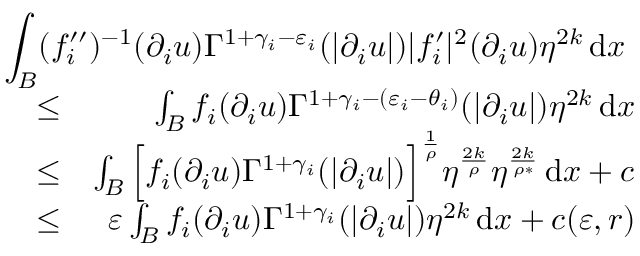
\begin{array} { r l r } { \lefteqn { \int _ { B } ( f _ { i } ^ { \prime \prime } ) ^ { - 1 } ( \partial _ { i } u ) \Gamma ^ { 1 + \gamma _ { i } - \varepsilon _ { i } } ( | \partial _ { i } u | ) | f _ { i } ^ { \prime } | ^ { 2 } ( \partial _ { i } u ) \eta ^ { 2 k } \, \mathrm { d } x } } \\ & { \leq } & { \int _ { B } f _ { i } ( \partial _ { i } u ) \Gamma ^ { 1 + \gamma _ { i } - ( \varepsilon _ { i } - \theta _ { i } ) } ( | \partial _ { i } u | ) \eta ^ { 2 k } \, \mathrm { d } x } \\ & { \leq } & { \int _ { B } \Big [ f _ { i } ( \partial _ { i } u ) \Gamma ^ { 1 + \gamma _ { i } } ( | \partial _ { i } u | ) \Big ] ^ { \frac { 1 } { \rho } } \eta ^ { \frac { 2 k } { \rho } } \eta ^ { \frac { 2 k } { \rho * } } \, \mathrm { d } x + c } \\ & { \leq } & { \varepsilon \int _ { B } f _ { i } ( \partial _ { i } u ) \Gamma ^ { 1 + \gamma _ { i } } ( | \partial _ { i } u | ) \eta ^ { 2 k } \, \mathrm { d } x + c ( \varepsilon , r ) } \end{array}